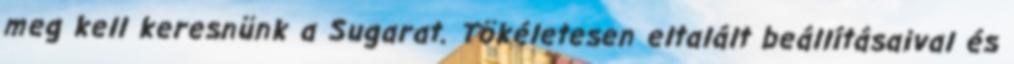
meg kell keresnünk a Sugarat. Tökéletesen eltalált beállításaival és